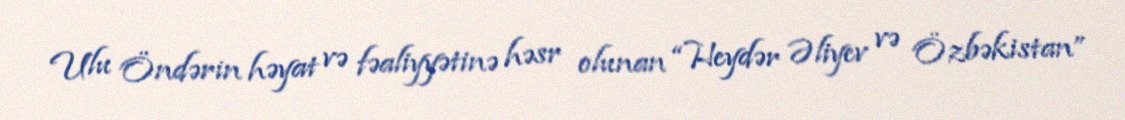
Ulu Öndərin həyat və fəaliyyətinə həsr olunan “Heydər Əliyev və Özbəkistan”